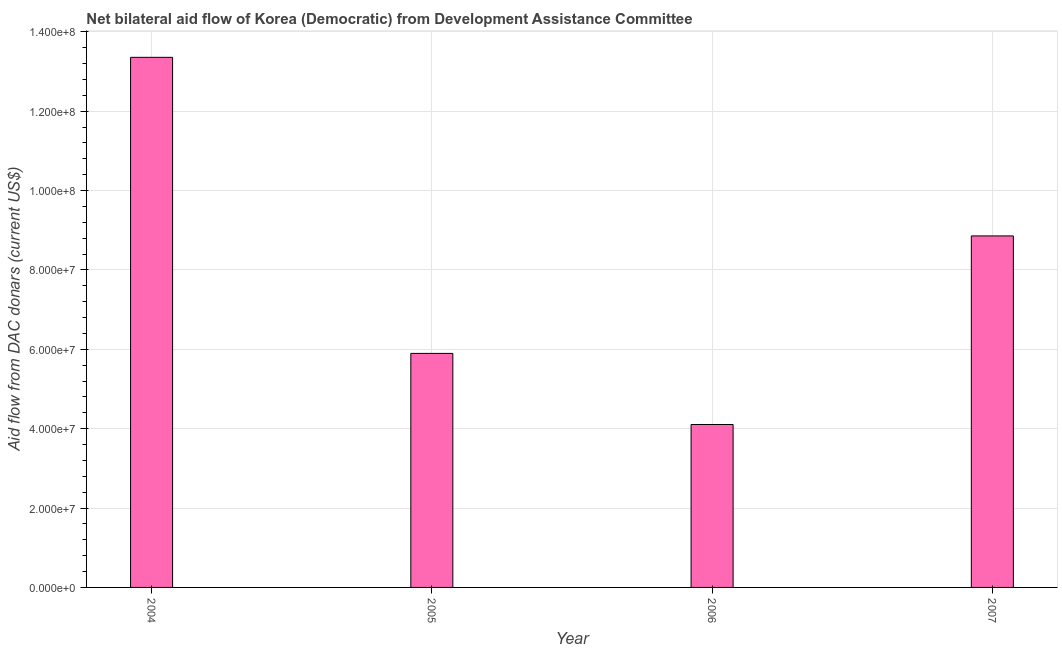
| Year | Net bilateral aid flows from DAC donors |
 | --- | --- |
 | 2004 | 1.34e+08 |
 | 2005 | 5.9e+07 |
 | 2006 | 4.10e+07 |
 | 2007 | 8.86e+07 |